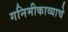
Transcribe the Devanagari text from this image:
गनिमीकाव्याचे